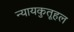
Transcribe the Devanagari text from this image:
न्यायकुतूहल